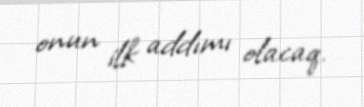
onun ilk addımı olacaq.